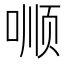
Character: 𱓝